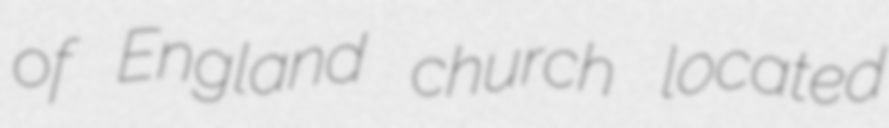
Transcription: of England church located